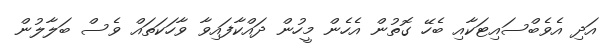
އަދި އެވެބްސައިޓަކާއި ބެހޭ ގޮތުން އެހެން މީހުން ދައްކާފައިވާ ވާހަކަތައް ވެސް ބަލާލުން